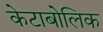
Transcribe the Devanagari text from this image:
केटाबोलिक